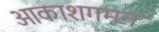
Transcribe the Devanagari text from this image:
आकाशगमन